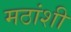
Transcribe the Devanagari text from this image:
मठांशी